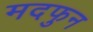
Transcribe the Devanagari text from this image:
मदफुन